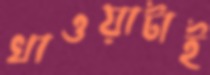
খাওয়াটাই